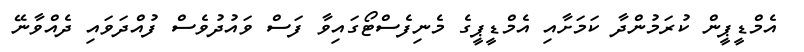
އެމްޑީޕީން ކުރަމުންދާ ކަމަށާއި އެމްޑީޕީގެ މެނިފެސްޓޯގައިވާ ފަސް ވައުދުވެސް ފުއްދަވައި ދެއްވާނޭ